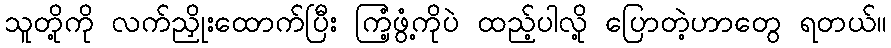
သူတို့ကို လက်ညှိုးထောက်ပြီး ကြံ့ဖွံ့ကိုပဲ ထည့်ပါလို့ ပြောတဲ့ဟာတွေ ရတယ်။